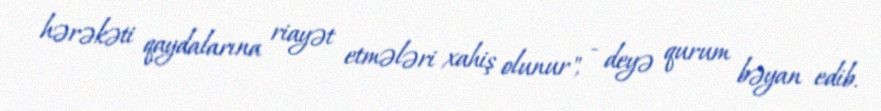
hərəkəti qaydalarına riayət etmələri xahiş olunur", - deyə qurum bəyan edib.